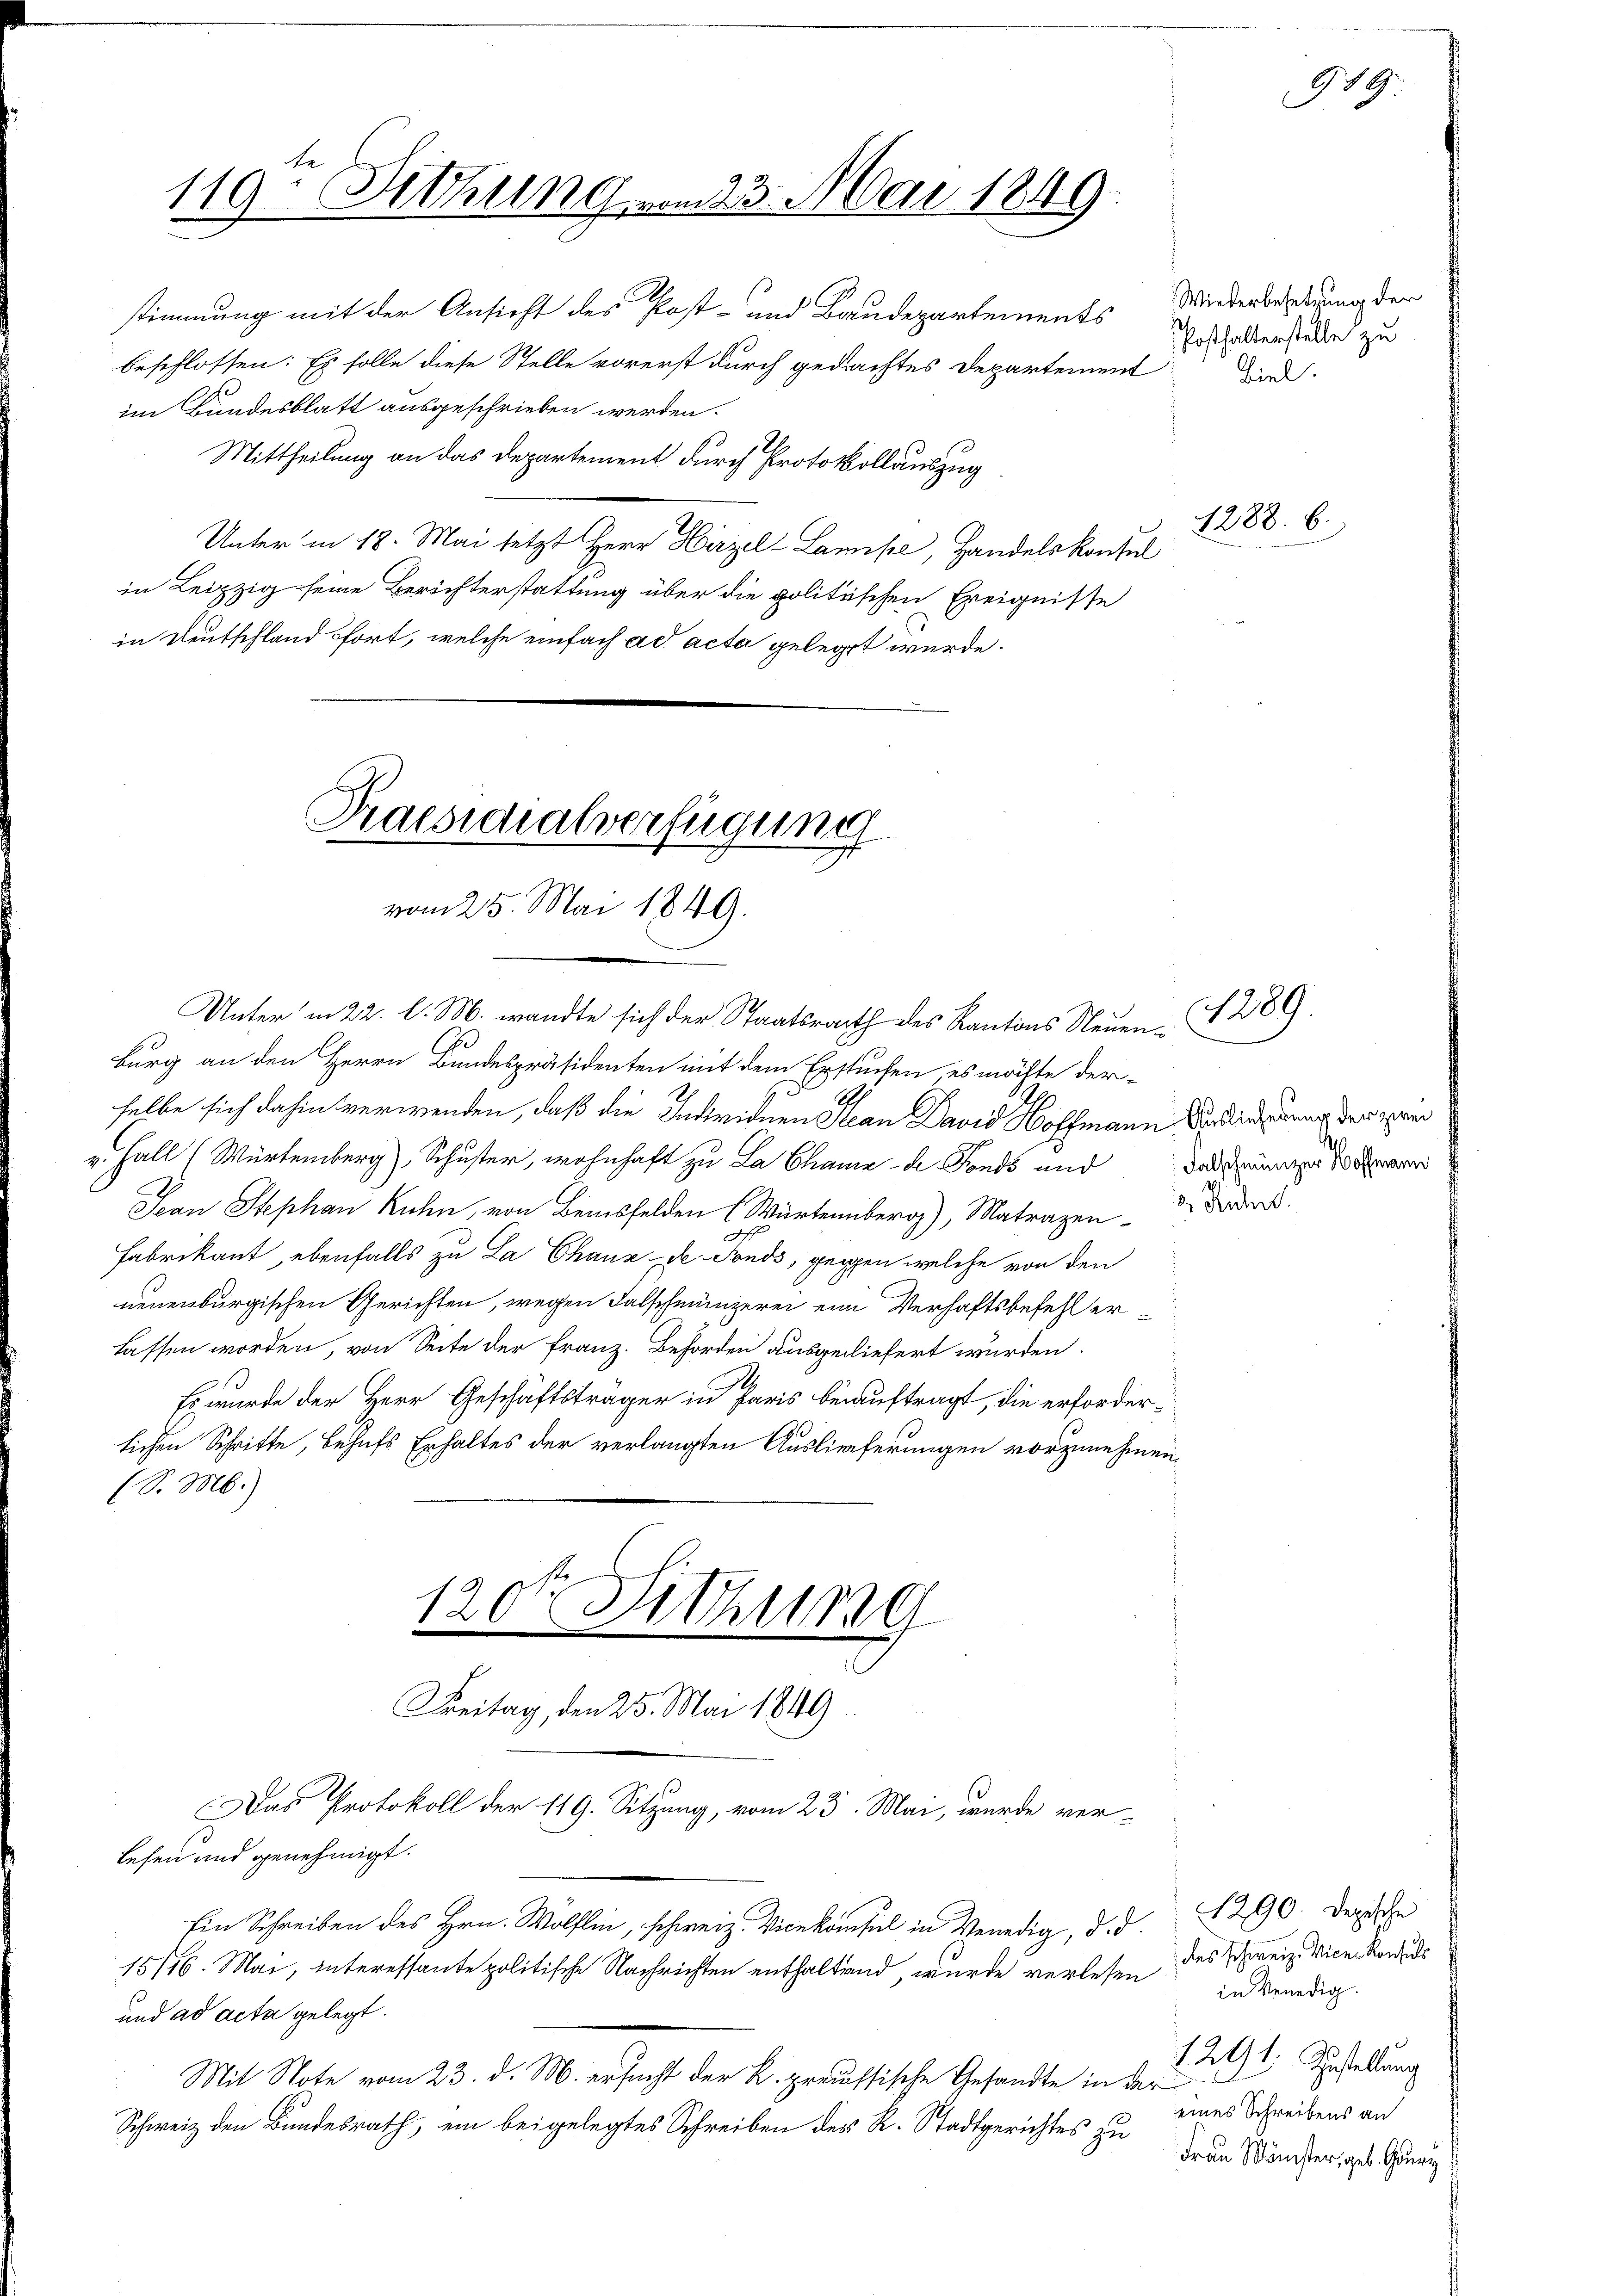
119 - Sitzung vom 23. Mai 1849.

stimmung mit der Ansicht des Post- und Baudepartements
beschlossen: Es solle diese Stelle vorerst durch gedachtes Departement
im Bundesblatt ausgeschrieben werden.
Mittheilung an das Departement durch Protokollauszug
Unter in 18. Mai setzt Herr Hirzel-Lamise, Handelskonsul
in Leipzig seine Berichterstattung über die politischen Ereignisse
in Deutschland fort, welche einfach ad acta gelegt wurde.

Praesidialverfügung
vom 25. Mai 1849.

Unter in 22. l. M. wandte sich der Staatsrath des Kantons Neuen, 289.
.
burg an den Herrn Bundespräsidenten mit dem Erstuchen, es möchte der-
selbe sich dahin verwenden, daß die Individuen Hean David Hoffmann Verdingung der ein
Fall (Würtemberg), Schuster, wohnhaft zu La Chame de Fonds und Fall seiner se
Jean Stephan Kuhn, von Beisfelden (Würtemberg), Matrazen d. d.
Fabrikant, ebenfalls zu La Chaux-de-Fonds, gegen welche von den
neuenburgischen Gerichten, wegen Falschmünzerei eine Verhaftsbefehl erlassen worden, von Seite der Franz. Behörden ausgeliefert wurden.
Es wurde der Herr Geschäftsträger in Paris beauftragt, die erforder-
lichen Schritte, behufs Erhaltes der verlangten Auslieferungen vorzunehmen,
(S. M.)
120t Sitzung
Freitag, den 25. Mai 1849
Das Protokoll der 119. Sitzung, vom 23. Mai, wurde ver-
lesen und genehmigt.
Ein Schreiben des Hrn. Wölflin, schweiz. Vicekonsul in Venedig, d. d. 1290. Der In
15/16. Mai, interessante politische Nachrichten enthaltend, wurde verlesen des Schweiz. Vice-Kondis
und ad acta gelegt.
Mit Note vom 23. d. M. ersucht der K. preussische Gesandte in der
Schweiz den Bundesrath, ein beigelegtes Schreiben des R. Stadtgerichtes zu

Wiederbesetzung der
Posthalterstelle zu
Biel.

919.

1288. 6.

in Venedig
1241. Gestellung
eines Schreibens an
Frau Minister, geb. Gury